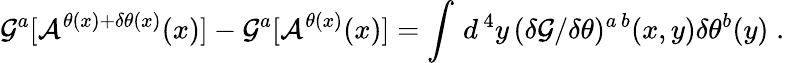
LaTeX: {\cal G}^{a}[{\cal A}^{\theta(x)+\delta\theta(x)}(x)]-{\cal G}^{a}[{\cal A}^{\theta(x)}(x)]=\int\, d^{\, 4}y\, ({\delta{\cal G}/\delta\theta})^{a\, b}(x,y)\delta\theta^{b}(y)\; .